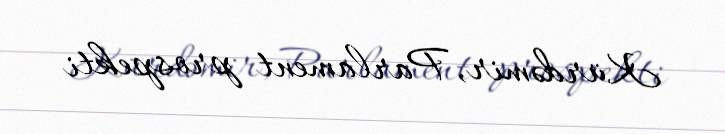
Kürdəmir, Parlament prospekti